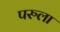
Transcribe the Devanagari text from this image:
परुला